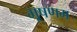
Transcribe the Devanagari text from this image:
भूषणम